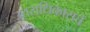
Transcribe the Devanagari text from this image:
उत्तराधिकाराचे